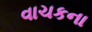
વાચકના